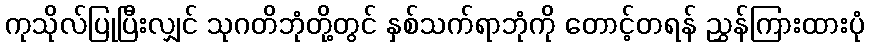
ကုသိုလ်ပြုပြီးလျှင် သုဂတိဘုံတို့တွင် နှစ်သက်ရာဘုံကို တောင့်တရန် ညွှန်ကြားထားပုံ